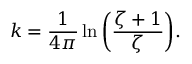
k = \frac { 1 } { 4 \pi } \ln { \left( \frac { \zeta + 1 } { \zeta } \right) } .